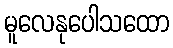
မူလေနုပေါသထော